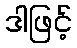
ဒါဖြင့်